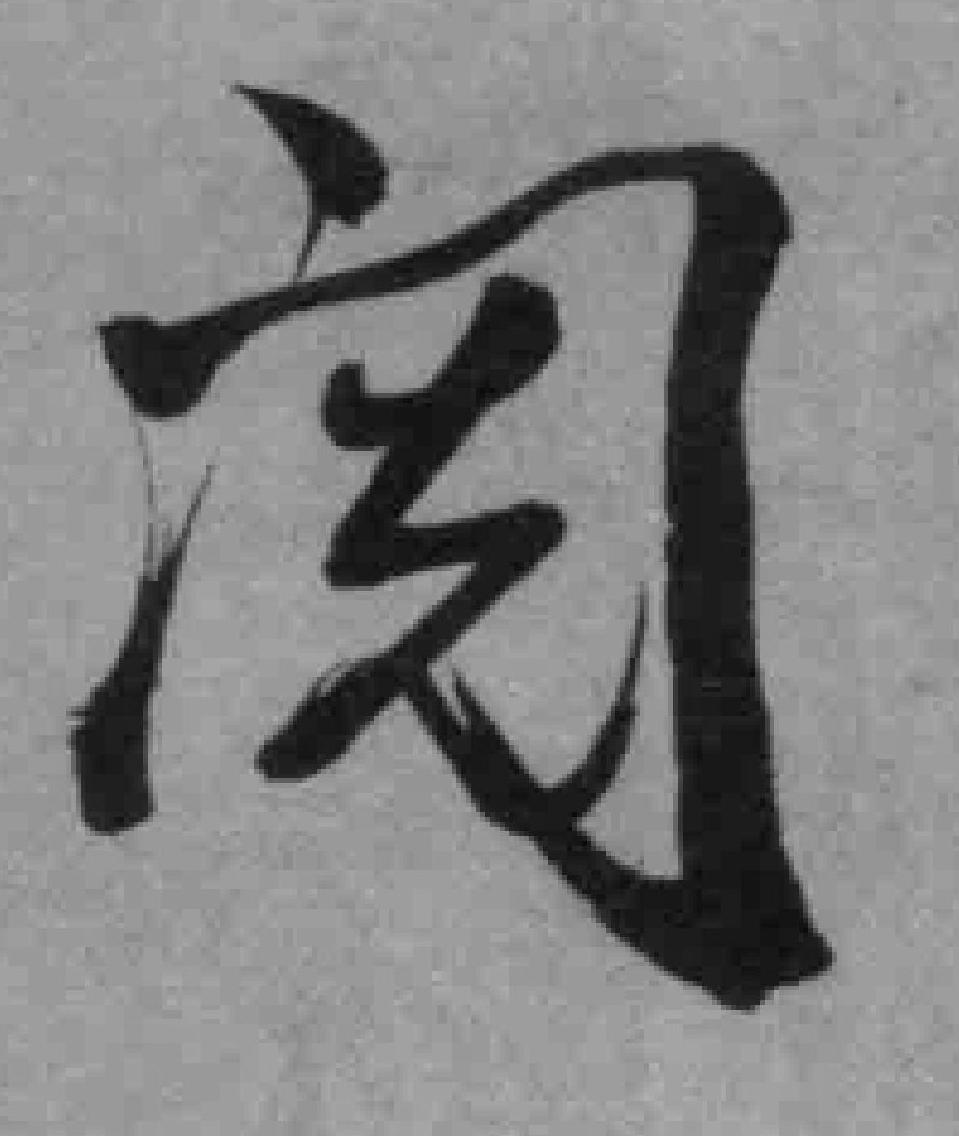
阅